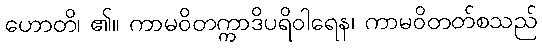
ဟောတိ၊ ၏။ ကာမဝိတက္ကာဒိပရိဝါရေန၊ ကာမဝိတတ်စသည်